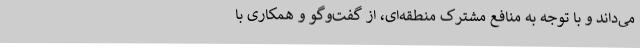
می‌داند و با توجه به منافع مشترک منطقه‌ای، از گفت‌وگو و همکاری با